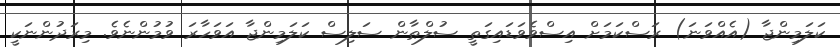
ކަލަމިންޖާ (އެއްވަނަ) ރަސްކަމަށް އިސްވެވަޑައިގަތީ ސުލްޠާން ސަލިސް ކަލަމިންޖާ އަވަހާރަ ވުމުންނެވެ. މިރަދުންނަކީ